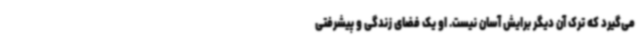
می‌گیرد که ترک آن دیگر برایش آسان نیست. او یک فضای زندگی و پیشرفتی